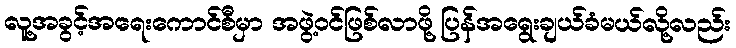
လူ့အခွင့်အရေးကောင်စီမှာ အဖွဲ့ဝင်ဖြစ်လာဖို့ ပြန်အရွေးချယ်ခံမယ်လို့လည်း